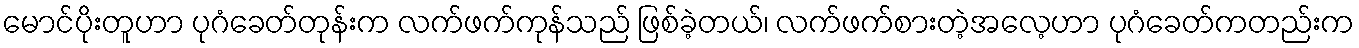
မောင်ပိုးတူဟာ ပုဂံခေတ်တုန်းက လက်ဖက်ကုန်သည် ဖြစ်ခဲ့တယ်၊ လက်ဖက်စားတဲ့အလေ့ဟာ ပုဂံခေတ်ကတည်းက